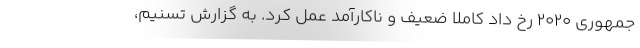
جمهوری ۲۰۲۰ رخ داد کاملا ضعیف و ناکارآمد عمل کرد. به گزارش تسنیم،